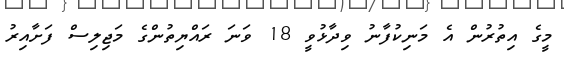
މީގެ އިތުރުން އެ މަނިކުފާނު ވިދާޅުވީ 18 ވަނަ ރައްޔިތުންގެ މަޖިލިސް ފަށާއިރު